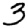
Digit: 3